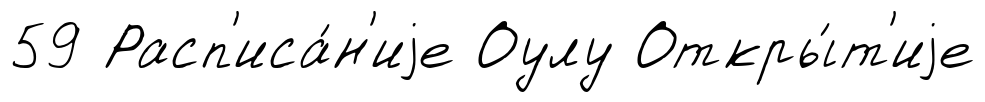
59 Расп'иса́н'иjе Оулу Откры́т'иjе